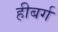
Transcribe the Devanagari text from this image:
हीबर्ग